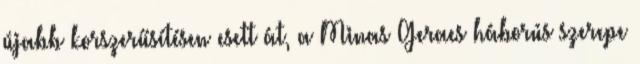
újabb korszerűsítésen esett át, a Minas Geraes háborús szerepe